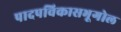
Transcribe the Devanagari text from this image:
पादपविकासभूगोल